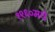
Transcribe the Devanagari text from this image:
१९६०मधे